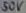
Text: 50V